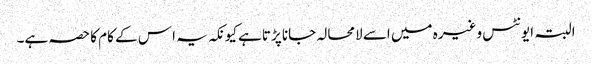
البتہ ایونٹس وغیرہ میں اسے لامحالہ جانا پڑتاہے کیونکہ یہ ا س کے کام کا حصہ ہے۔